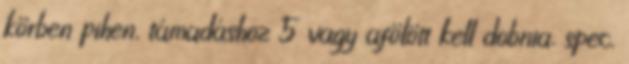
körben pihen, támadáshoz 5 vagy afölött kell dobnia, spec.